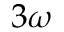
3 \omega